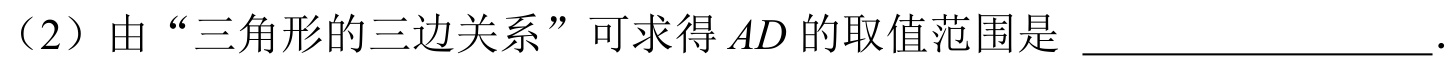
（2）由“三角形的三边关系”可求得$AD$的取值范围是 \_\_\_\_\_\_\_\_\_\_\_\_\_\_\_.